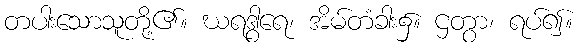
တပါးသောသူတို့၏။ ဃရဒွါရေ၊ အိမ်တံခါး၌။ ဌတွာ၊ ရပ်၍။